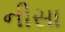
નીસા